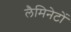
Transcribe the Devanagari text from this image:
लैमिनेटों